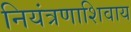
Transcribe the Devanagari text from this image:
नियंत्रणाशिवाय